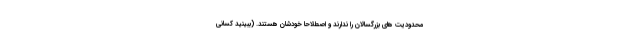
محدودیت های بزرگسالان را ندارند و اصطلاحاً خودشان هستند. (ببینید کسانی